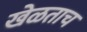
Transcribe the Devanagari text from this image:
खेळताच